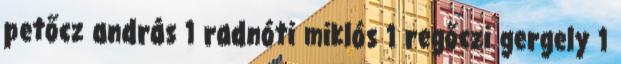
petőcz andrás 1 radnóti miklós 1 regőczi gergely 1